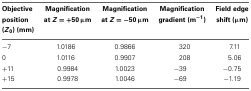
<table><thead><tr><td><b>Objective position (<i>Z</i><sub>0</sub>) (mm)</b></td><td><b>Magnification at <i>Z</i> = +50 μm</b></td><td><b>Magnification at <i>Z</i> = −50 μm</b></td><td><b>Magnification gradient (m<sup>−1</sup>)</b></td><td><b>Field edge shift (μm)</b></td></tr></thead><tbody><tr><td>−7</td><td>1.0186</td><td>0.9866</td><td>320</td><td>7.11</td></tr><tr><td>0</td><td>1.0116</td><td>0.9907</td><td>208</td><td>5.06</td></tr><tr><td>+11</td><td>0.9984</td><td>1.0023</td><td>−39</td><td>−0.75</td></tr><tr><td>+15</td><td>0.9978</td><td>1.0046</td><td>−69</td><td>−1.19</td></tr></tbody></table>